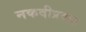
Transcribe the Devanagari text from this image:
नकदीप्रवाह